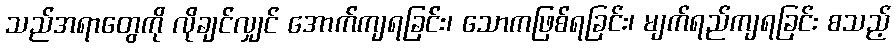
သည်အရာတွေကို လိုချင်လျှင် အောက်ကျရခြင်း၊ သောကဖြစ်ရခြင်း၊ မျက်ရည်ကျရခြင်း စသည့်